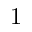
1